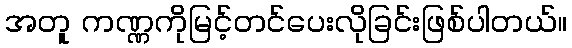
အတူ ကဏ္ဏကိုမြင့်တင်ပေးလိုခြင်းဖြစ်ပါတယ်။